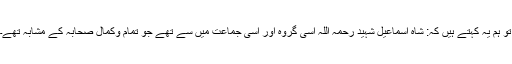
تو ہم یہ کہتے ہیں کہ: شاہ اسماعیل شہید رحمہ اللہ اسی گروہ اور اسی جماعت میں سے تھے جو تمام وکمال صحابہؓ کے مشابہ تھے۔